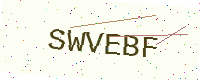
Text: SWVEBF